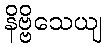
နိဗ္ဗိသေယျ